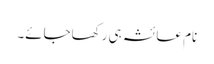
نام عائشہ ہی رکھاجائے۔